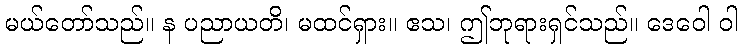
မယ်တော်သည်။ န ပညာယတိ၊ မထင်ရှား။ ဧသ၊ ဤဘုရားရှင်သည်။ ဒေဝေါ ဝါ